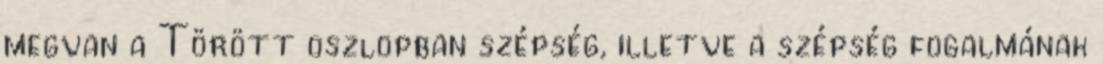
megvan a Törött oszlopban szépség, illetve a szépség fogalmának